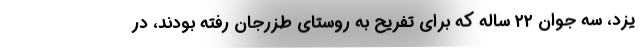
یزد، سه جوان ۲۲ ساله که برای تفریح به روستای طزرجان رفته بودند، در